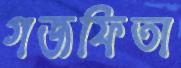
গজফিতা